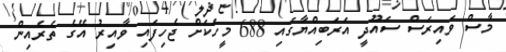
މާސް ވައިރަސް ސައޫދީ އަރަބިއްޔާގައި 688 މީހަކަށް ޖެހިފައި ވާއިރު އޭގެ ތެރެއިން